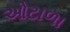
ઓટાળા